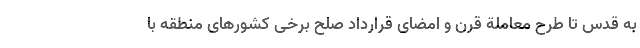
به قدس تا طرح معاملة قرن و امضای قرارداد صلح برخی کشورهای منطقه با